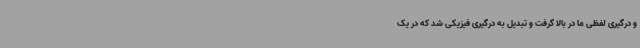
و درگیری لفظی ما در بالا گرفت و تبدیل به درگیری فیزیکی شد که در یک